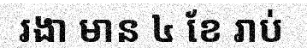
រងា មាន ៤ ខែ រាប់